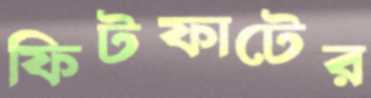
ফিটফাটের